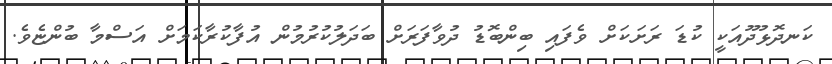
ކަނދޮޅުދޫއަކީ ކުޑަ ރަށަކަށް ވެފައި ބިންބޮޑު ދުވާފަރަށް ބަދަލުކުރުމުން އުފާކުރާކަމަށް އަސްމާ ބުންޏެވެ.